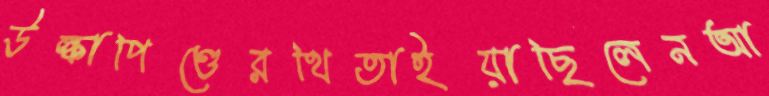
উল্কাপিণ্ডেরথিতাইয়াছিলেনআ